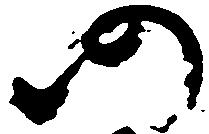
仍